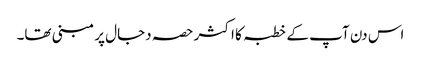
اس دن آپ کے خطبہ کا اکثر حصہ دجال پر مبنی تھا۔